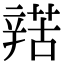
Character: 𨐡